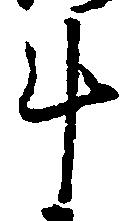
斗